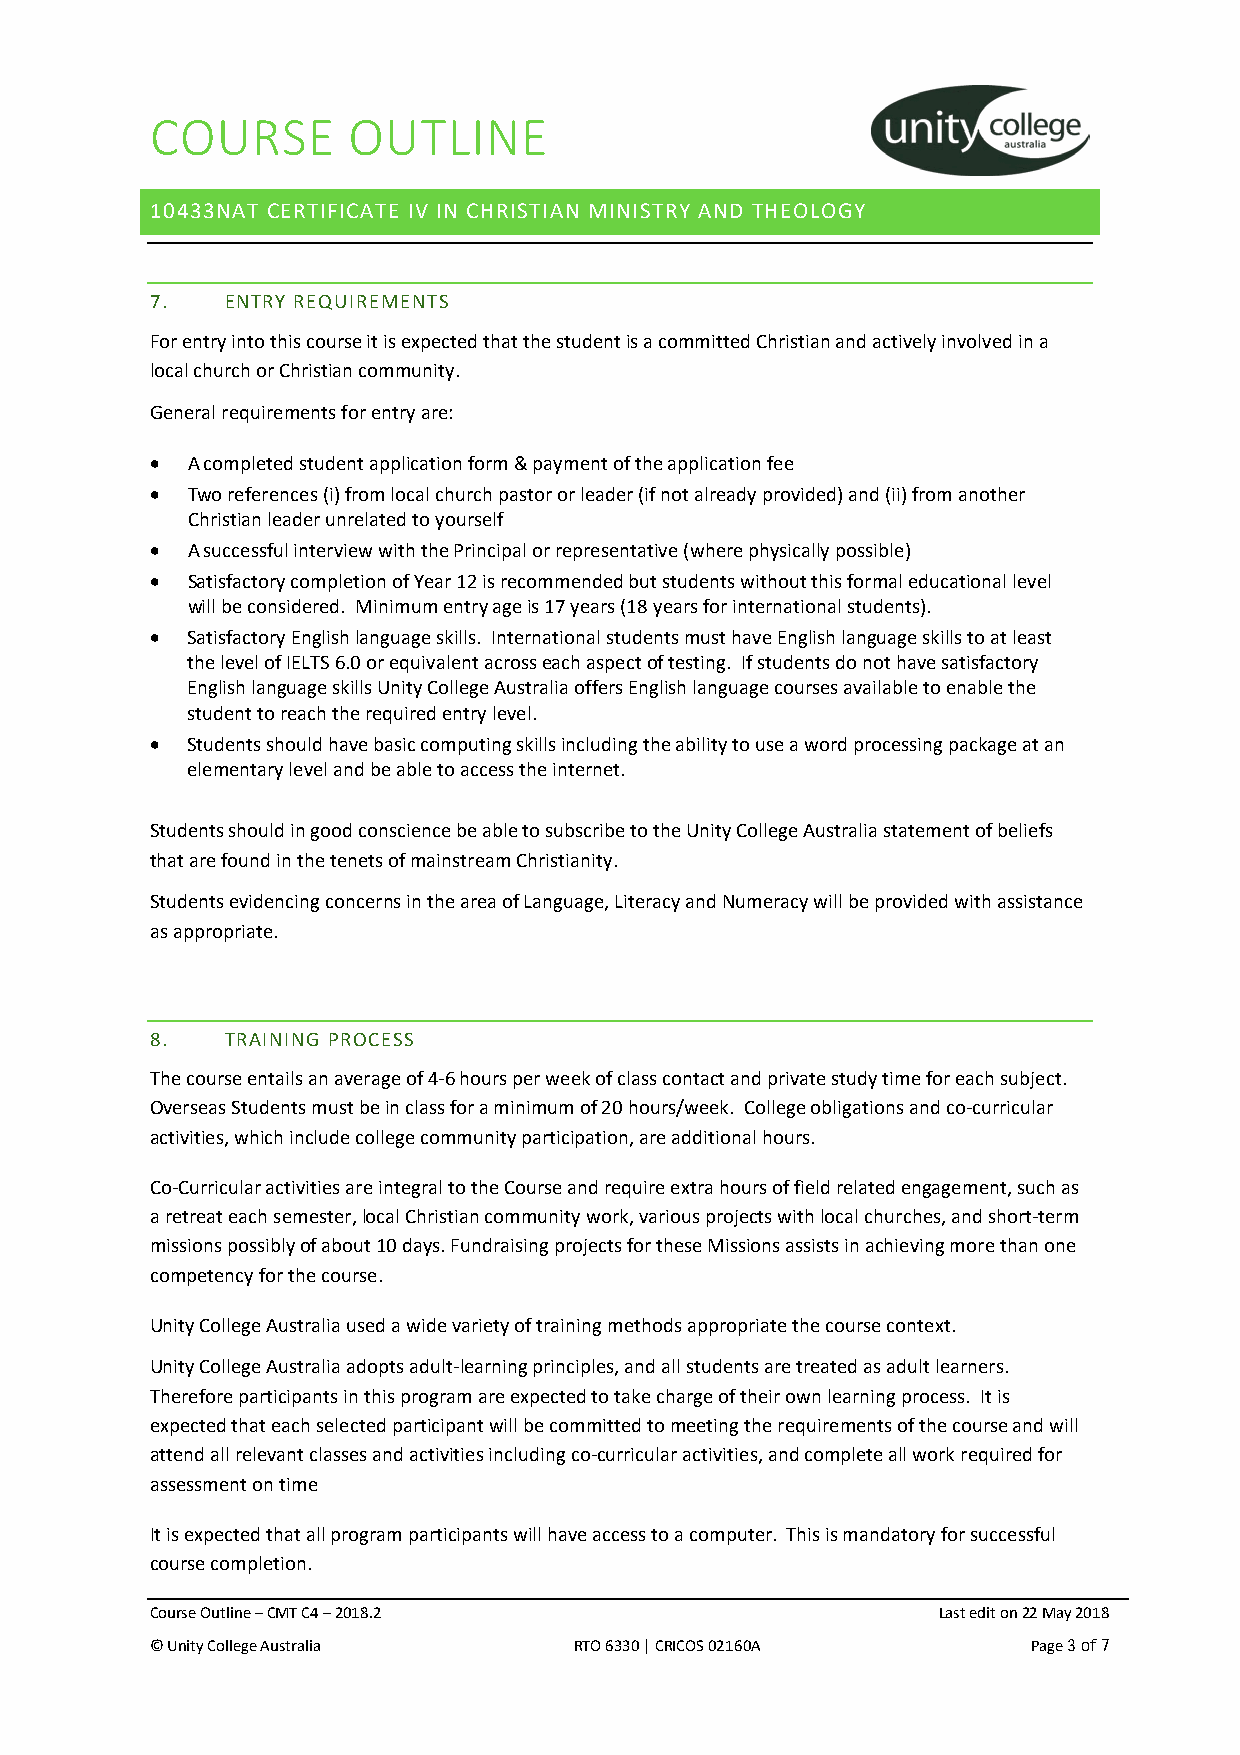
COURSE       OUTLINE
 10433NAT CERTIFICATE IV IN CHRISTIAN MINISTRY AND THEOLOGY
 7.   ENTRY REQUIREMENTS
 For entry into this course it is expected that the student is a committed Christian and actively involved in a
 local church or Christian community.
 General requirements for entry are:
 • A completed student application form & payment of the application fee
 • Two references (i) from local church pastor or leader (if not already provided) and (ii) from another
 Christian leader unrelated to yourself
 • A successful interview with the Principal or representative (where physically possible)
 • Satisfactory completion of Year 12 is recommended but students without this formal educational level
 will be considered. Minimum entry age is 17 years (18 years for international students).
 • Satisfactory English language skills. International students must have English language skills to at least
 the level of IELTS 6.0 or equivalent across each aspect of testing. If students do not have satisfactory
 English language skills Unity College Australia offers English language courses available to enable the
 student to reach the required entry level.
 • Students should have basic computing skills including the ability to use a word processing package at an
 elementary level and be able to access the internet.
 Students should in good conscience be able to subscribe to the Unity College Australia statement of beliefs
 that are found in the tenets of mainstream Christianity.
 Students evidencing concerns in the area of Language, Literacy and Numeracy will be provided with assistance
 as appropriate.
 8.   TRAINING PROCESS
 The course entails an average of 4-6 hours per week of class contact and private study time for each subject.
 Overseas Students must be in class for a minimum of 20 hours/week. College obligations and co-curricular
 activities, which include college community participation, are additional hours.
 Co-Curricular activities are integral to the Course and require extra hours of field related engagement, such as
 a retreat each semester, local Christian community work, various projects with local churches, and short-term
 missions possibly of about 10 days. Fundraising projects for these Missions assists in achieving more than one
 competency for the course.
 Unity College Australia used a wide variety of training methods appropriate the course context.
 Unity College Australia adopts adult-learning principles, and all students are treated as adult learners.
 Therefore participants in this program are expected to take charge of their own learning process. It is
 expected that each selected participant will be committed to meeting the requirements of the course and will
 attend all relevant classes and activities including co-curricular activities, and complete all work required for
 assessment on time
 It is expected that all program participants will have access to a computer. This is mandatory for successful
 course completion.
 Course Outline – CMT C4 – 2018.2                    Last edit on 22 May 2018
 © Unity College Australia   RTO 6330 | CRICOS 02160A      Page 3 of 7